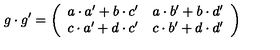
g \cdot g ^ { \prime } = \left( \begin{array} { r r } { a \cdot a ^ { \prime } + b \cdot c ^ { \prime } } & { a \cdot b ^ { \prime } + b \cdot d ^ { \prime } } \\ { c \cdot a ^ { \prime } + d \cdot c ^ { \prime } } & { c \cdot b ^ { \prime } + d \cdot d ^ { \prime } } \\ \end{array} \right)